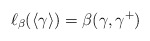
\begin{align*} \ell_\beta(\langle \gamma\rangle)=\beta(\gamma,\gamma^+)\end{align*}